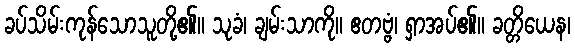
ခပ်သိမ်းကုန်သောသူတို့၏။ သုခံ၊ ချမ်းသာကို။ ဧတဗ္ဗံ၊ ရှာအပ်၏။ ခတ္တိယေန၊